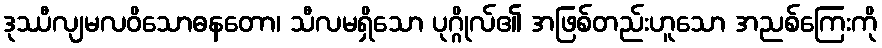
ဒုဿီလျမလဝိသောဓနတော၊ သီလမရှိသော ပုဂ္ဂိုလ်၏ အဖြစ်တည်းဟူသော အညစ်ကြေးကို